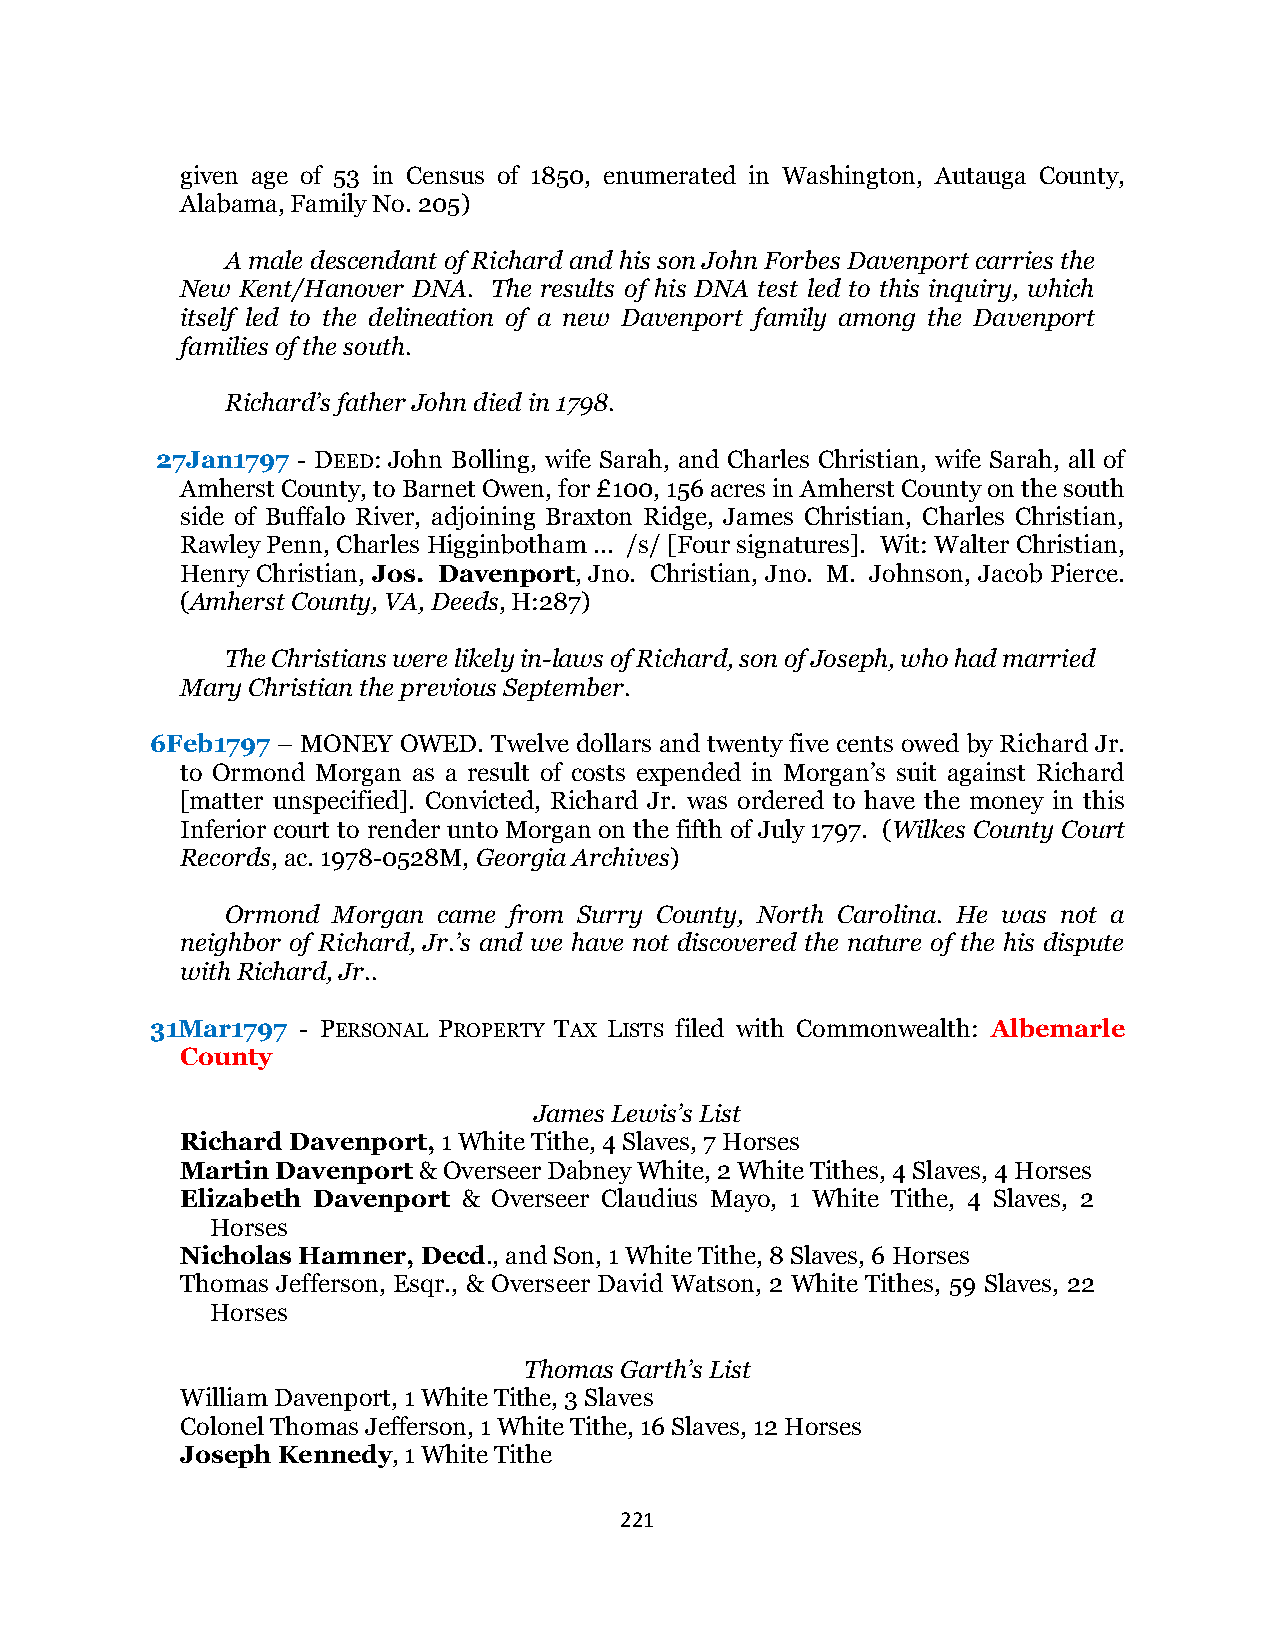
given age of 53 in Census of 1850, enumerated in Washington, Autauga County,
 Alabama, Family No. 205)
 A male descendant of Richard and his son John Forbes Davenport carries the
 New Kent/Hanover DNA. The results of his DNA test led to this inquiry, which
 itself led to the delineation of a new Davenport family among the Davenport
 families of the south.
 Richard’s father John died in 1798.
 27Jan1797 - DEED: John Bolling, wife Sarah, and Charles Christian, wife Sarah, all of
 Amherst County, to Barnet Owen, for £100, 156 acres in Amherst County on the south
 side of Buffalo River, adjoining Braxton Ridge, James Christian, Charles Christian,
 Rawley Penn, Charles Higginbotham ... /s/ [Four signatures]. Wit: Walter Christian,
 Henry Christian, Jos. Davenport, Jno. Christian, Jno. M. Johnson, Jacob Pierce.
 (Amherst County, VA, Deeds, H:287)
 The Christians were likely in-laws of Richard, son of Joseph, who had married
 Mary Christian the previous September.
 6Feb1797 – MONEY OWED. Twelve dollars and twenty five cents owed by Richard Jr.
 to Ormond Morgan as a result of costs expended in Morgan’s suit against Richard
 [matter unspecified]. Convicted, Richard Jr. was ordered to have the money in this
 Inferior court to render unto Morgan on the fifth of July 1797. (Wilkes County Court
 Records, ac. 1978-0528M, Georgia Archives)
 Ormond Morgan came from Surry County, North Carolina. He was not a
 neighbor of Richard, Jr.’s and we have not discovered the nature of the his dispute
 with Richard, Jr..
 31Mar1797 - PERSONAL PROPERTY TAX LISTS filed with Commonwealth: Albemarle
 County
 James Lewis’s List
 Richard Davenport, 1 White Tithe, 4 Slaves, 7 Horses
 Martin Davenport & Overseer Dabney White, 2 White Tithes, 4 Slaves, 4 Horses
 Elizabeth Davenport & Overseer Claudius Mayo, 1 White Tithe, 4 Slaves, 2
 Horses
 Nicholas Hamner, Decd., and Son, 1 White Tithe, 8 Slaves, 6 Horses
 Thomas Jefferson, Esqr., & Overseer David Watson, 2 White Tithes, 59 Slaves, 22
 Horses
 Thomas Garth’s List
 William Davenport, 1 White Tithe, 3 Slaves
 Colonel Thomas Jefferson, 1 White Tithe, 16 Slaves, 12 Horses
 Joseph Kennedy, 1 White Tithe
 221